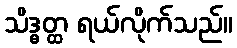
သိဒ္ဓတ္ထ ရယ်လိုက်သည်။